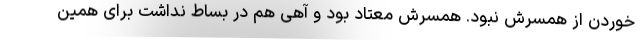
خوردن از همسرش نبود. همسرش معتاد بود و آهی هم در بساط نداشت برای همین